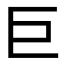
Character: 巨